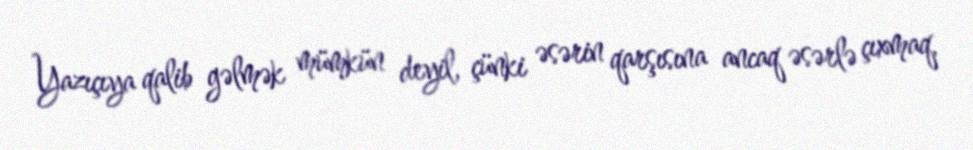
Yazıçıya qalib gəlmək mümkün deyil, çünki əsərin qarşısına ancaq əsərlə çıxmaq,